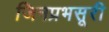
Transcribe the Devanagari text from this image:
जिनप्रभसूरी